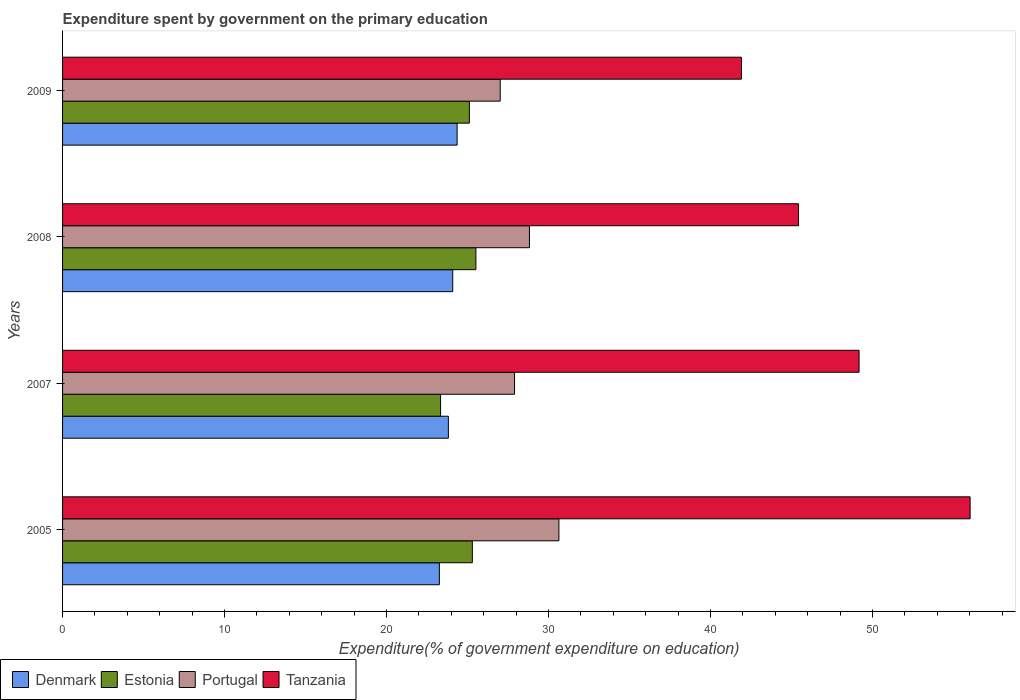
| Years | Denmark | Estonia | Portugal | Tanzania |
 | --- | --- | --- | --- | --- |
 | 2005 | 23.3 | 25.3 | 30.6 | 56 |
 | 2007 | 23.8 | 23.3 | 27.9 | 49.2 |
 | 2008 | 24.1 | 25.5 | 28.8 | 45.4 |
 | 2009 | 24.4 | 25.1 | 27 | 41.9 |